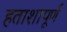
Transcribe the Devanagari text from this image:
हताशापूर्ण